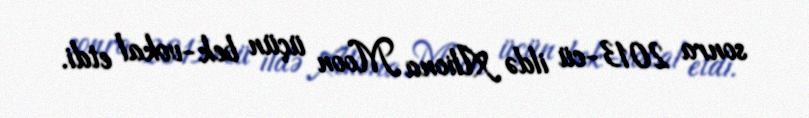
sonra 2013-cü ildə Aliona Moon üçün bek-vokal etdi.